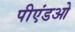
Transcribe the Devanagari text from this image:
पीएंडओ